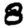
Digit: 8